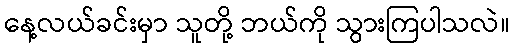
နေ့လယ်ခင်းမှာ သူတို့ ဘယ်ကို သွားကြပါသလဲ။